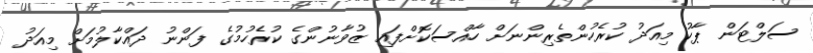
ސަލްޓަން ޕާކު މިއަދު ކުރެހުންތެރިންނަށް ހާއްސަކޮށްފައި ޒުވާނުންގެ ކުރެހުމުގެ ފަންނު ދައްކާލުމަށް މިއަދު